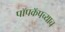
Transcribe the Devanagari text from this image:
पॉपकॅपच्याच